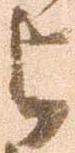
与